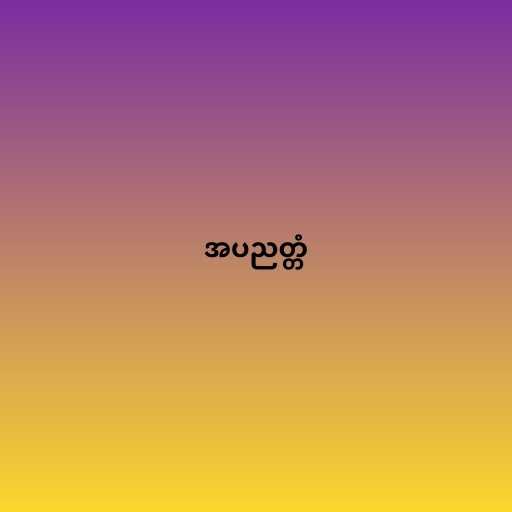
အပညတ္တံ